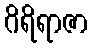
ဂိရိရာဇာ